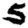
Digit: 5